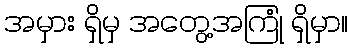
အမှား ရှိမှ အတွေ့အကြုံ ရှိမှာ။